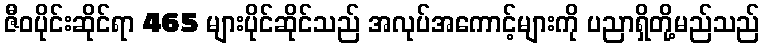
ဇီဝပိုင်းဆိုင်ရာ 465 များပိုင်ဆိုင်သည် အလုပ်အကောင့်များကို ပညာရှိတို့မည်သည်